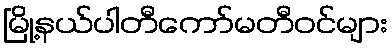
မြို့နယ်ပါတီကော်မတီဝင်များ